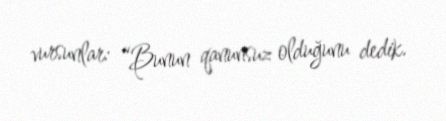
vursunlar: “Bunun qanunsuz olduğunu dedik.